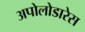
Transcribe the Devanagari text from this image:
अपोलोडारेस